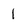
Character: 1